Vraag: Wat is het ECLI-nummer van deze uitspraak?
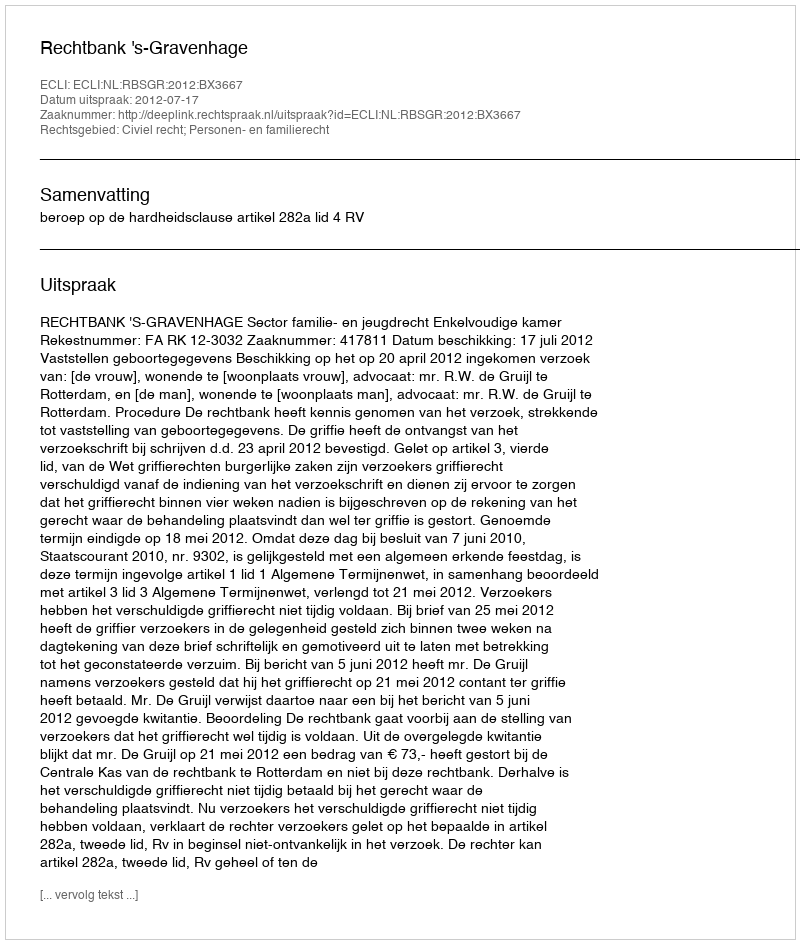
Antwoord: ECLI:NL:RBSGR:2012:BX3667